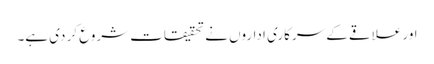
اور علاقے کے سرکاری اداروں نے تحقیقات شروع کر دی ہے۔